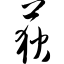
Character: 荻